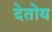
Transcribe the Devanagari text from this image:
देतोय